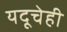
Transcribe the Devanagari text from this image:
यदूचेही